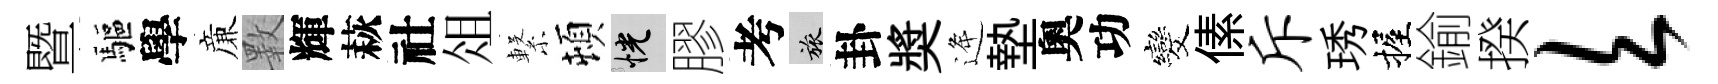
暨驅學亷斁輝萩社俎繋頓恍膠考旅卦奬逄墊奧功发傃斥琇握鍮揆欠